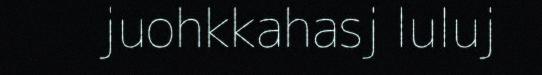
juohkkahasj luluj